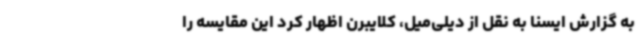
به گزارش ایسنا به نقل از دیلی‌میل، کلایبرن اظهار کرد این مقایسه را